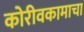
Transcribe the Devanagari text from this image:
कोरीवकामाचा